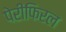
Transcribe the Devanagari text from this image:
पेरीफिरल